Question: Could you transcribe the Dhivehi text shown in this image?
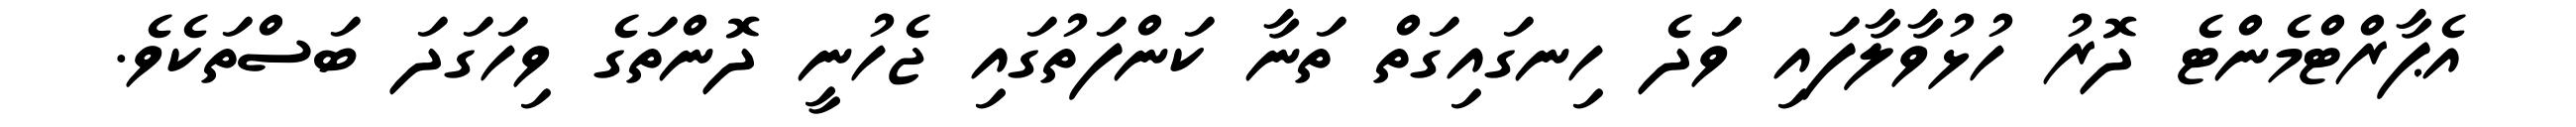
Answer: އެޕާރްޓްމެންޓެ ދޮރު ހުޅުވާލާފައި ވަދެ ހިނގައިގަތް ތަނާ ކަންފަތުގައި ޖެހުނީ ދޮންތަގެ ވިހަގަދަ ބަސްތަކެވެ.